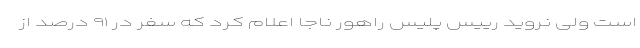
است ولی نروید رییس پلیس راهور ناجا اعلام کرد که سفر در ۹۱ درصد از